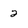
Character: 2